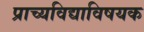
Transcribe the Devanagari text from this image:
प्राच्यविद्याविषयक